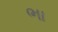
ભા